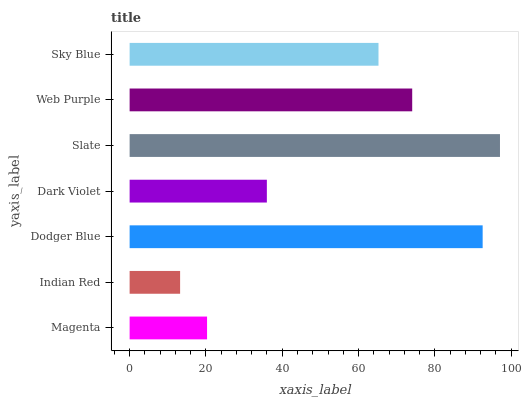
| yaxis_label | bars |
 | --- | --- |
 | Magenta | 20.3 |
 | Indian Red | 13.2 |
 | Dodger Blue | 92.5 |
 | Dark Violet | 36 |
 | Slate | 97.1 |
 | Web Purple | 74.1 |
 | Sky Blue | 65.2 |